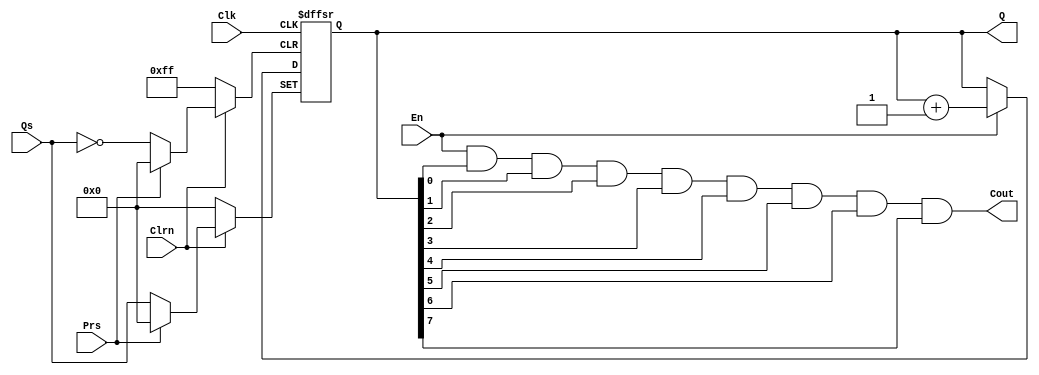
/*
____________ LAB 4 ____________
Module T-count up 8 bit with:
	- Input: En, Clk, Clrn, Prs, Qs.
	- Output: Q.
	- Carry Out.
*/
module T_countup8bit(En,Clk,Clrn,Prs,Qs,Q,Cout);
input En,Clk,Clrn,Prs;
input [7:0]Qs;	
output reg [7:0]Q;
output Cout;

assign Cout = En&Q[0]&Q[1]&Q[2]&Q[3]&Q[4]&Q[5]&Q[6]&Q[7];
always@(negedge Clrn, posedge Clk, negedge Prs)
begin
	if(!Clrn)
		Q<=0;
	else if(!Prs)
		Q=Qs;  
	else if(En)
		Q<=Q+1;
end
endmodule